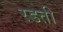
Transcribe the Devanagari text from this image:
रडती